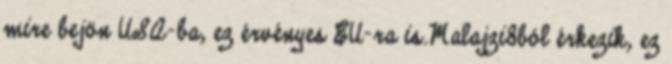
mire bejön USA-ba, ez érvényes EU-ra is.Malajzi8ból érkezik, ez